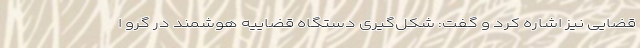
قضایی نیز اشاره کرد و گفت: شکل‌گیری دستگاه قضاییه هوشمند در گرو ا